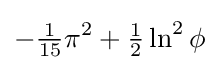
-{\tfrac {1}{15}}\pi ^{2}+{\tfrac {1}{2}}\ln ^{2}\phi